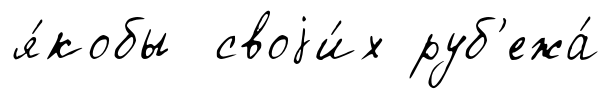
я́кобы своjи́х руб'ежа́